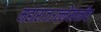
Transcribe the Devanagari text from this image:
महाराजउल्लेखनीय